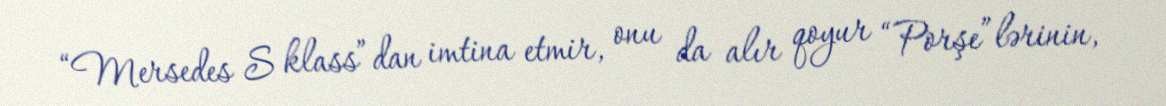
“Mersedes S klass”dan imtina etmir, onu da alır qoyur “Porşe”lərinin,